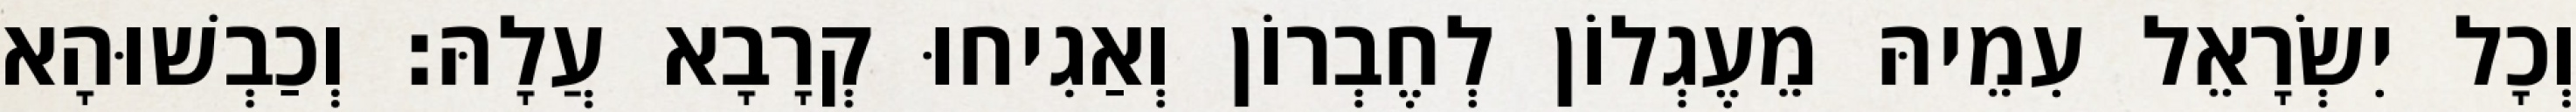
וְכָל יִשְׂרָאֵל עִמֵיהּ מֵעֶגְלוֹן לְחֶבְרוֹן וְאַגִיחוּ קְרָבָא עֲלָהּ׃ וְכַבְשׁוּהָא